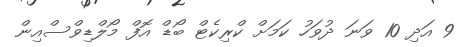
9 އަދި 10 ވަނަ ދުވަހު ކަމަށް ކްރިކެޓް ބޯޑް އޮފް މޯލްޑިވްސްއިން